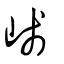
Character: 𡸚